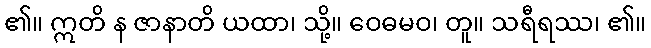
၏။ ဣတိ န ဇာနာတိ ယထာ၊ သို့။ ဝေဓမဝ၊ တူ။ သရီရဿ၊ ၏။